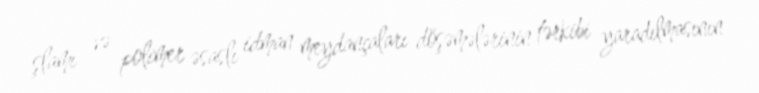
şlamı və polimer əsaslı idman meydançaları döşəmələrinin tərkibi yaradılmasının